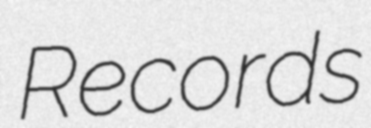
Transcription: Records